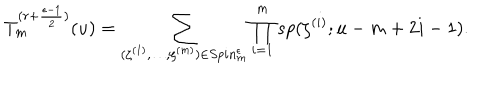
T _ { m } ^ { ( r + { \frac { \epsilon - 1 } { 2 } } ) } ( u ) = \sum _ { ( \zeta ^ { ( 1 ) } , \ldots , \zeta ^ { ( m ) } ) \in S p i n _ { m } ^ { \epsilon } } \prod _ { i = 1 } ^ { m } s p ( \zeta ^ { ( i ) } ; u - m + 2 i - 1 ) .